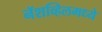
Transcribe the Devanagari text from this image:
नॅशव्हिलमध्ये